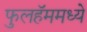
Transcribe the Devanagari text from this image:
फुलहॅममध्ये